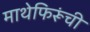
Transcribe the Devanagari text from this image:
माथेफिरूंची